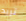
تريد